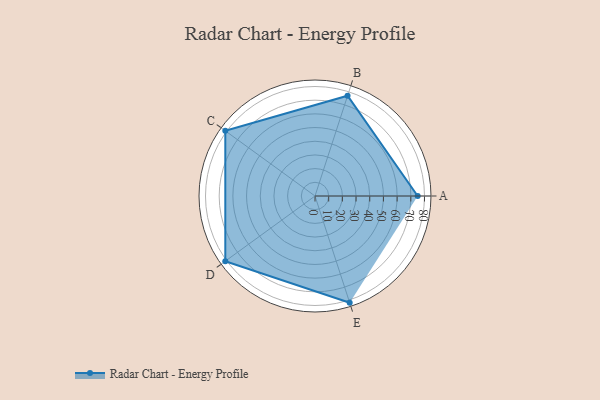
{"axis": {"x": "Skill", "y": "Score"}, "legend": ["Profile"], "data": [{"x": "A", "y": 75.0, "type": "Profile"}, {"x": "B", "y": 77.0, "type": "Profile"}, {"x": "C", "y": 81.0, "type": "Profile"}, {"x": "D", "y": 81.0, "type": "Profile"}, {"x": "E", "y": 82.0, "type": "Profile"}]}